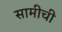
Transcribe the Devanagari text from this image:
सामीची